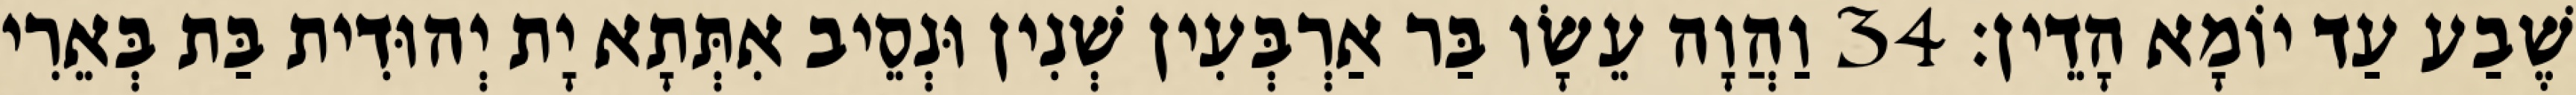
שֶׁבַע עַד יוֹמָא הָדֵין׃ 34 וַהֲוָה עֵשָׂו בַּר אַרְבְּעִין שְׁנִין וּנְסֵיב אִתְּתָא יָת יְהוּדִית בַּת בְּאֵרִי